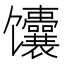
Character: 馕